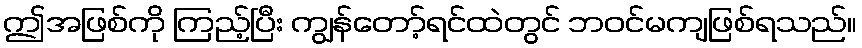
ဤအဖြစ်ကို ကြည့်ပြီး ကျွန်တော့်ရင်ထဲတွင် ဘဝင်မကျဖြစ်ရသည်။